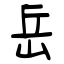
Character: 岳